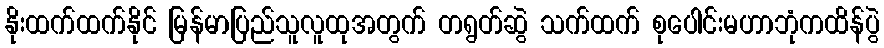
နိုးထက်ထက်နိုင် မြန်မာပြည်သူလူထုအတွက် တရွတ်ဆွဲ သက်ထက် စုပေါင်းမဟာဘုံကထိန်ပွဲ